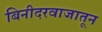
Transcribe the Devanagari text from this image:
बिनीदरवाजातून